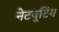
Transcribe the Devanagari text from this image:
नेटबूटिंग